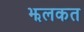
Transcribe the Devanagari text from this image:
झलकत